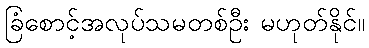
ခြံစောင့်အလုပ်သမတစ်ဦး မဟုတ်နိုင်။